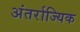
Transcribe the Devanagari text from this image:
अंतर्राज्यिक